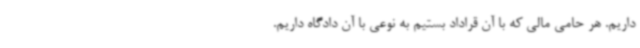
داریم. هر حامی مالی که با آن قراداد بستیم به نوعی با آن دادگاه داریم.